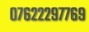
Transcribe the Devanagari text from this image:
०७६२२२९७७६९